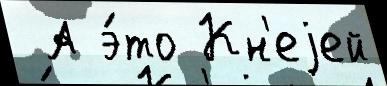
 А э́то Кн'еjей